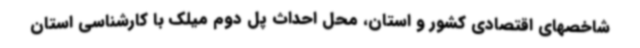
شاخصهای اقتصادی کشور و استان، محل احداث پل دوم میلک با کارشناسی استان